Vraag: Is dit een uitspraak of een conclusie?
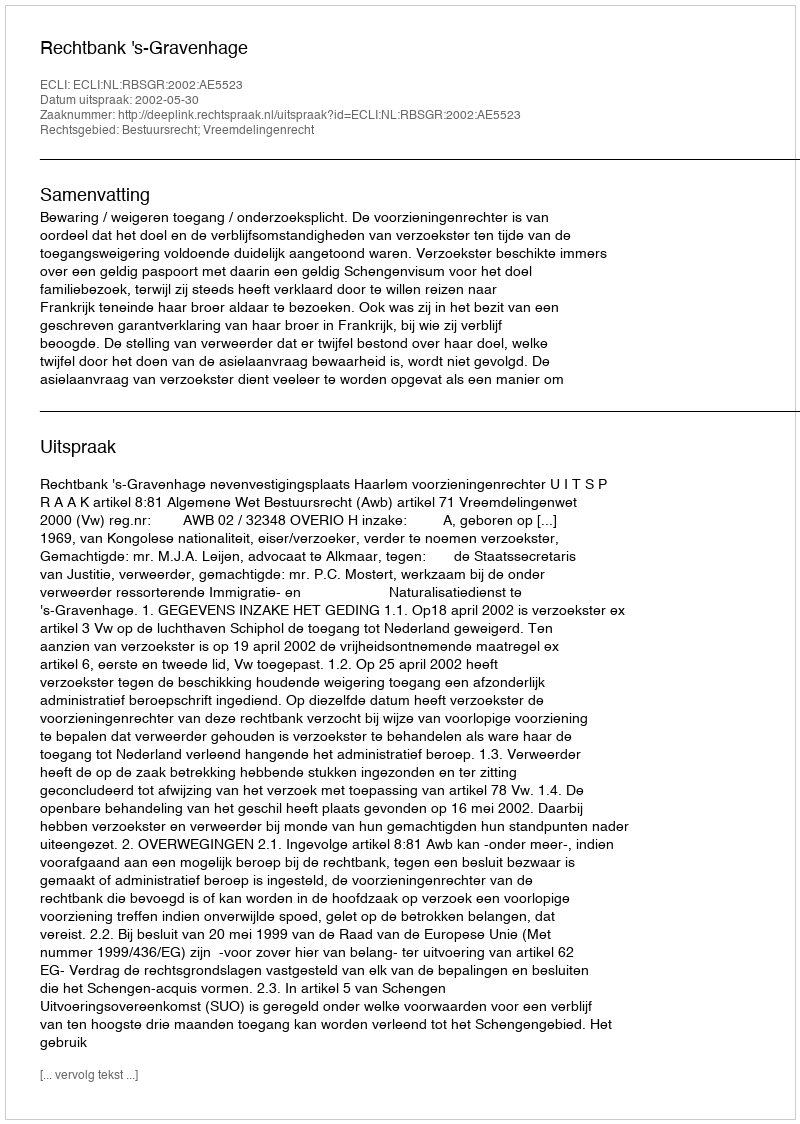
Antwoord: Uitspraak